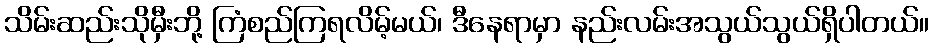
သိမ်းဆည်းသိုမှီးဘို့ ကြံစည်ကြရလိမ့်မယ်၊ ဒီနေရာမှာ နည်းလမ်းအသွယ်သွယ်ရှိပါတယ်။